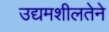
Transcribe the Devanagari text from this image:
उद्यमशीलतेने